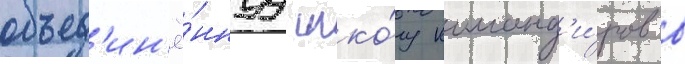
объед'ин'ё́ннуу шко́лу команд'и́ров в